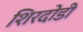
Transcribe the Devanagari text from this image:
शिरदोडी